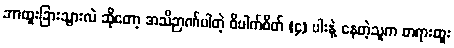
ဘာထူးခြားသွားလဲ ဆိုတော့ အသိဉာဏ်ပါတဲ့ ဝိပါက်စိတ် (၄) ပါးနဲ့ နေတဲ့သူက တရားထူး